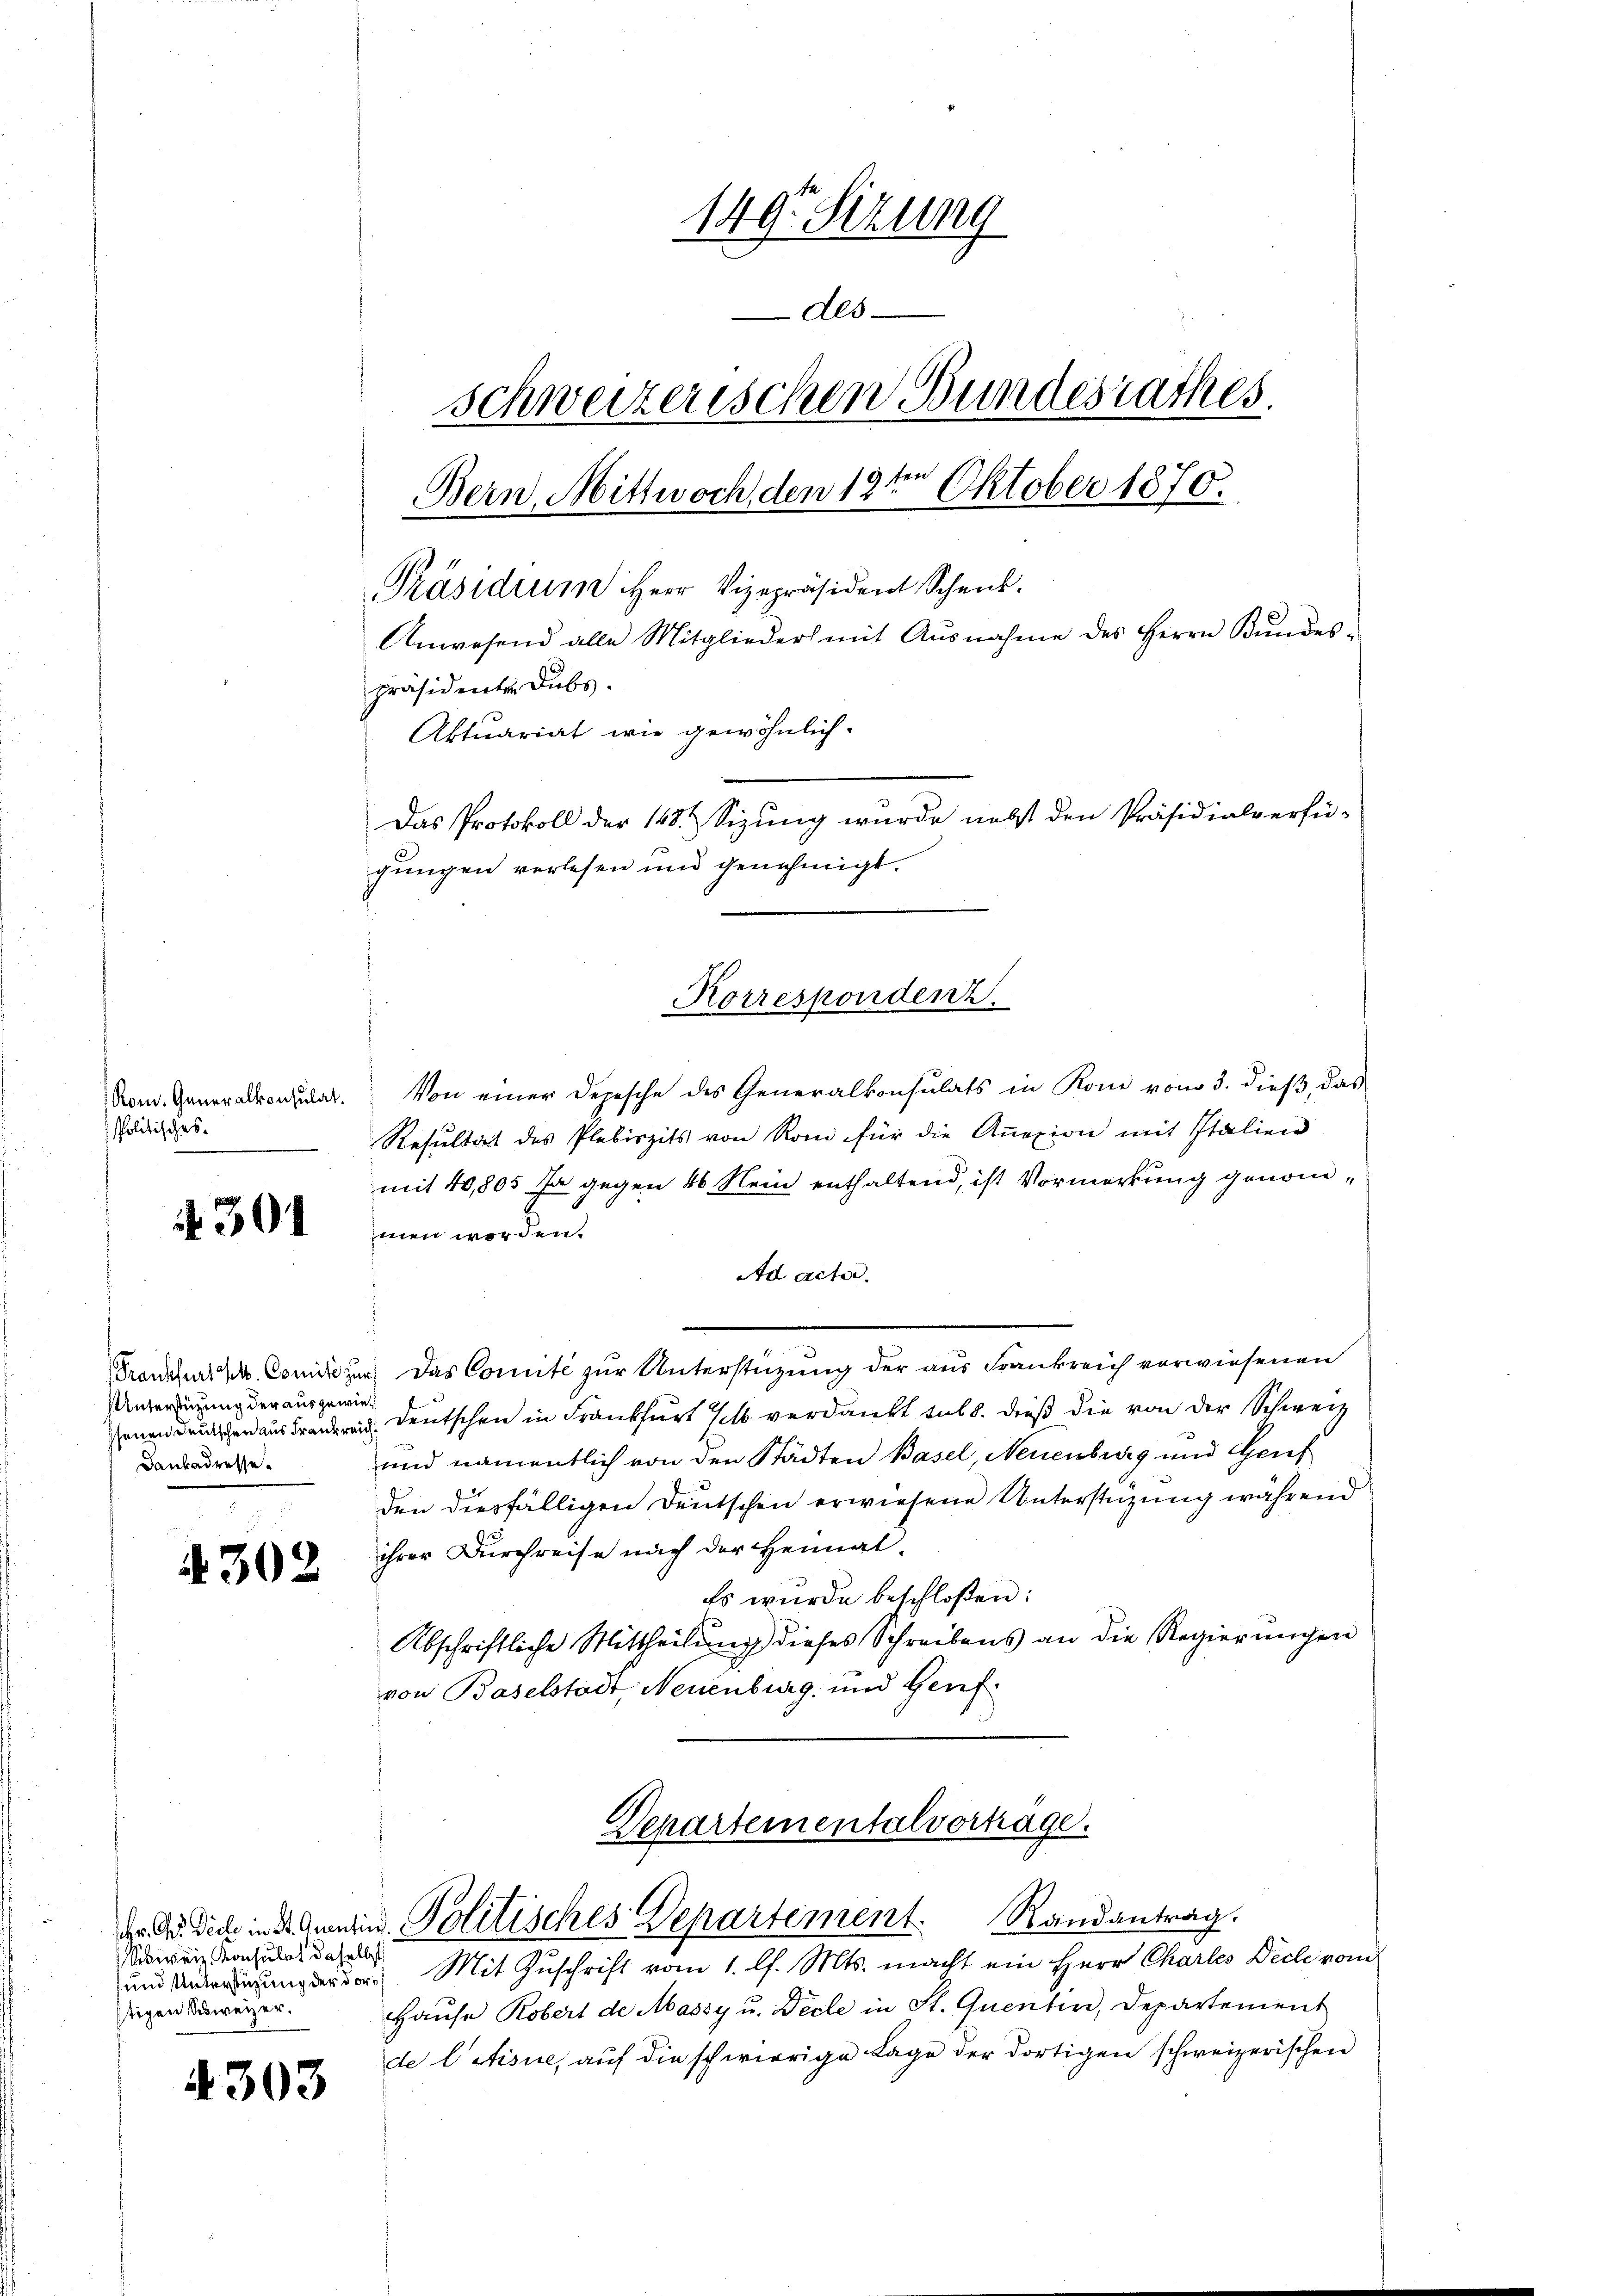
Rom. Generalkonsulat
politisches

A 301

Unterstützung der ausgewie¬
Dankadresse.

4302

Schweiz. Konsulat daselbst
stigen Schweizer.

4303

149. Sizung
des
schweizerischen Bundesrathes.
Bern, Mittwoch, den 19ten Oktober 1870.
Präsidium Herr Vizepräsident Schenk
Anwesend alle Mitglieder mit Ausnahme des Herrn Kŭndes-
präsidenten Dubs.
Aktuariat wie gewöhnlich.
Das Protokoll der 148. Sizung wurde nebst den Präsidialverfü-
gungen verlesen und genehmigt.

Von einer Depesche des Generalkonsulats in Kon vom 3. dieß, das
Resultat des Plebirzits von Roni für die Anazion mit Italien
mit 40,805 Ja gegen 46 Nein enthaltend, ist Vormerkung genommen worden.
Ad acter.
Franches V. Condi zur Das Comité zur Unterstüzung der aus Frankreich vorwiesenen
senen Drucker aus Frauer deutschen in Frankfurt selb verdankt sub b. dieß die von der Schweiz
und namentlich von den Städten Basel, Neuenburg und Genf
den diesfälligen Deutschen erwiesene Unterstüzung während
ihrer Durchreise nach der Heimat-
Es wurde beschloßen:
Abschriftliche Mittheilŭng dieses Schreibens an die Regierŭngen
von Baselstadt, Neuenburg und Genf¬
Departementalverträge.
Dr. An Dich in Gunt. Politisches Departement. Randantrag.
n. Mit Zuschrift vom 1. l. Mts. macht ein Herr Chartes Dich vom
Hause Robert de Massy u. Decle in St. Quentin, Departement
de litisie, auf die schwierige Lage der dortigen schweizerischen

Korrespondenz.